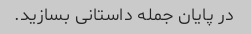
در پایان جمله داستانی بسازید.